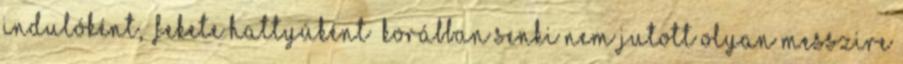
indulóként, „fekete hattyúként” korábban senki nem jutott olyan messzire